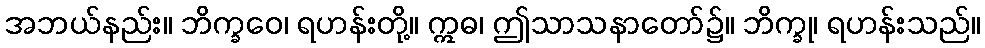
အဘယ်နည်း။ ဘိက္ခဝေ၊ ရဟန်းတို့။ ဣဓ၊ ဤသာသနာတော်၌။ ဘိက္ခု၊ ရဟန်းသည်။